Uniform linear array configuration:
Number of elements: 4
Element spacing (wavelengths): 0.25
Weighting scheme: binomial
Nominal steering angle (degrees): -45
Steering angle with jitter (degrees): -43.656
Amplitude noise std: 0.05
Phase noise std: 0.05

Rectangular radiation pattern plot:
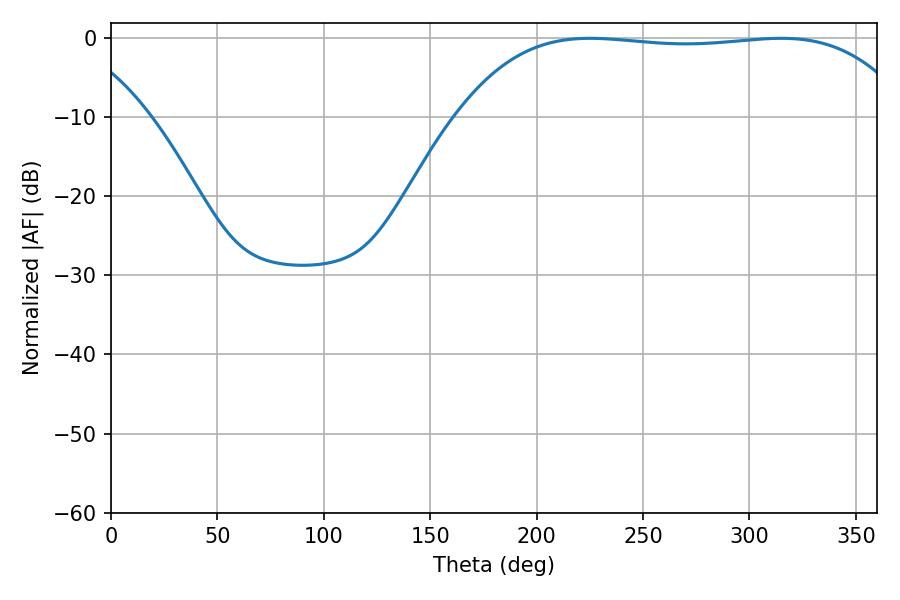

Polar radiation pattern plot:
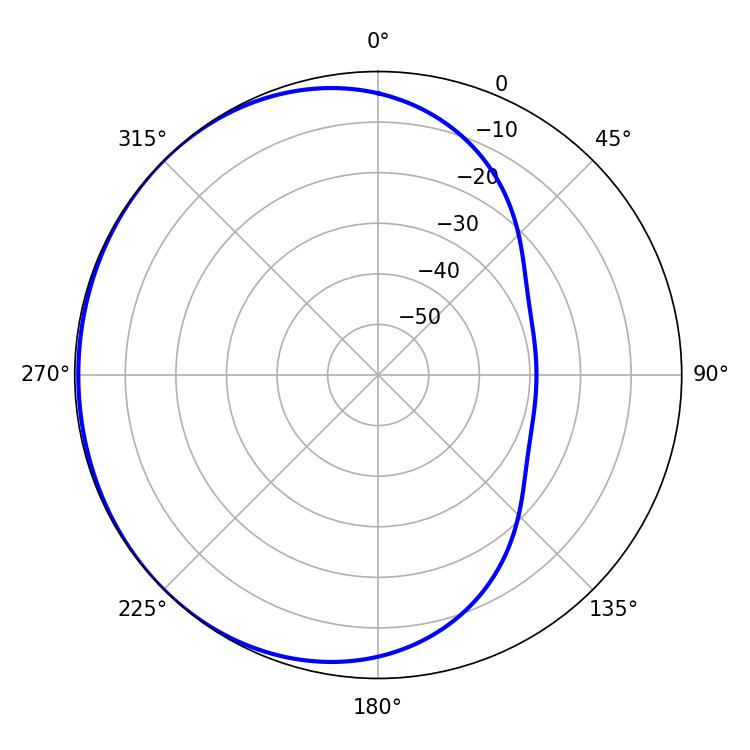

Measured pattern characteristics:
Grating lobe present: FALSE
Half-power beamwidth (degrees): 167.04
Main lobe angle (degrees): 225.18